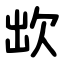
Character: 欪